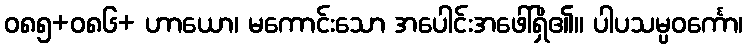
ဝ၈၅+၀၈၆+ ဟာယော၊ မကောင်းသော အပေါင်းအဖေါ်ရှိ၏။ ပါပသမ္ပဝင်္ကော၊